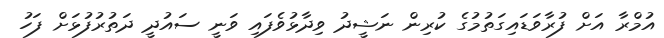
އުމްރާ އަށް ފުރާވަޑައިގަތުމުގެ ކުރިން ނަޝީދު ވިދާޅުވެފައި ވަނީ ސައުދީ ދަތުރުފުޅަށް ފަހު